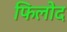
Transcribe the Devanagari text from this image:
फिलोद